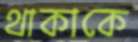
থাকাকে